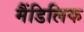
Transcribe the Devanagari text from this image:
मैंडिलिक